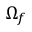
\Omega _ { f }